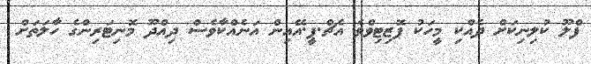
ފްލޫ ކުލިނިކަށް ދެއްކި މީހަކު ޕޮޒިޓިވްވެ އެޗް.ޕީ.އޭއިން އަނެއްކާވެސް ދިއްދޫ މޮނިޓަރިންގެ ހާލަތަށް